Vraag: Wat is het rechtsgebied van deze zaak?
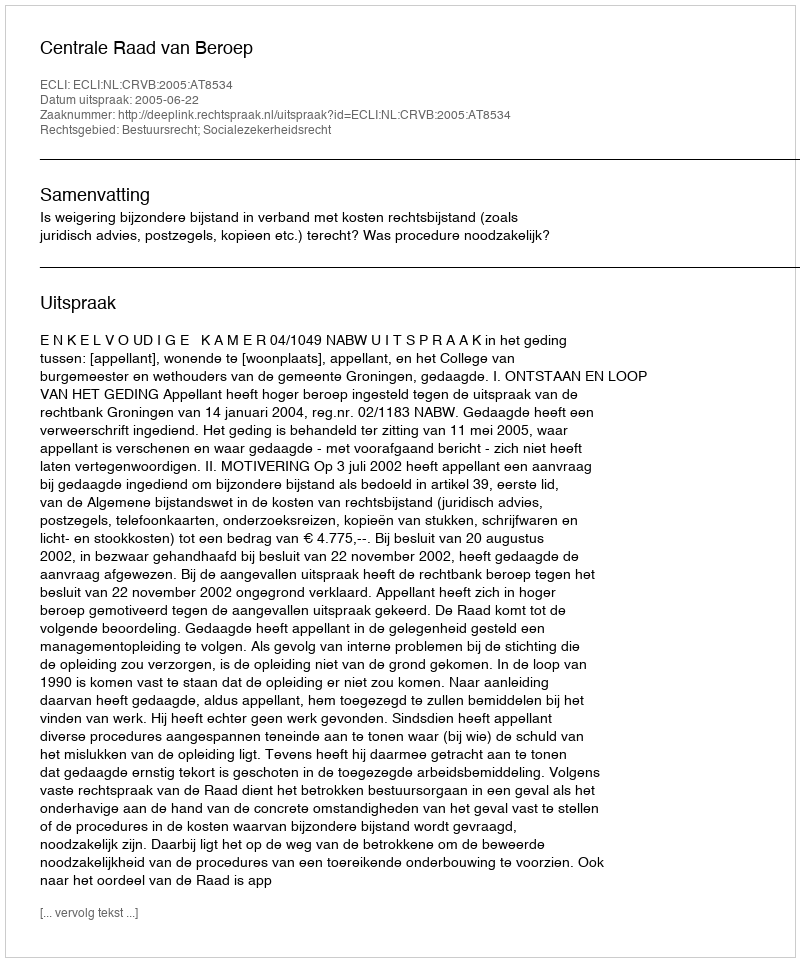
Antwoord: Bestuursrecht; Socialezekerheidsrecht